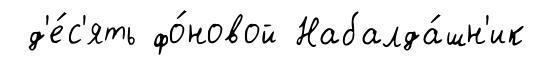
д'е́с'ять фо́новой Набалда́шн'ик